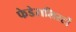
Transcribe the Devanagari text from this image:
फेडेरालिस्टों